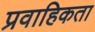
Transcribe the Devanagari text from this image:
प्रवाहिकता